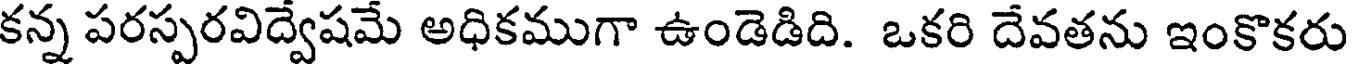
కన్న పరస్పరవిద్వేషమే అధికముగా ఉండెడిది. ఒకరి దేవతను ఇంకొకరు